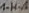
Text: 1-H-A